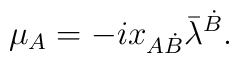
\mu_{A}= -ix_{A\dot B}\bar\lambda^{\dot B}.